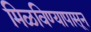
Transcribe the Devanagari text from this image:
मिळविण्यापासून